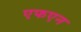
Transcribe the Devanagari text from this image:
एफएन